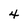
Character: 4